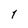
Character: 1